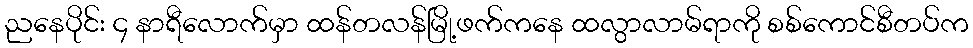
ညနေပိုင်း ၄ နာရီလောက်မှာ ထန်တလန်မြို့ဖက်ကနေ ထလွာလာမ်ရာကို စစ်ကောင်စီတပ်က